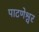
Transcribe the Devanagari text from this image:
पाटणेश्वर